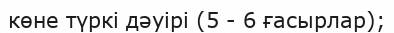
көне түркі дәуірі (5 - 6 ғасырлар);